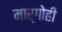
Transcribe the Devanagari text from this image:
मार्गोही